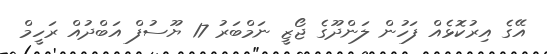
އޭގެ އިރުކޮޅެއް ފަހުން ލަންދޫގެ ޖޯޒީ ނަމްބަރު 17 ޔޫސުފް އަބްދުއް ރަހީމް